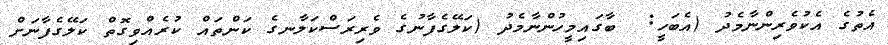
އެތުގެ އެކުވެރިންނާމެދު (އެބަހީ:  ބާގައިމީހުންނާމެދު (ކަލޭގެފާނުގެ ވެރިރަސްކަލާނގެ ކަންތައް ކުރެއްވިިގޮތް ކަލޭގެފާނަށް